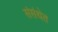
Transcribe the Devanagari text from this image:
संसंथेत